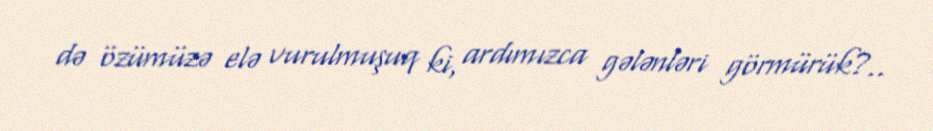
də özümüzə elə vurulmuşuq ki, ardımızca gələnləri görmürük?..